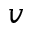
v